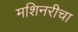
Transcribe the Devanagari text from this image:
मशिनरीचा